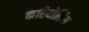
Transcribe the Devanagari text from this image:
कैरियोलिस